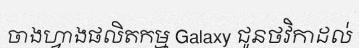
ចាងហ្វាងផលិតកម្ម Galaxy ជូនថវិកាដល់